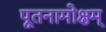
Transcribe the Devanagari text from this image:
पूतनामोक्षम्